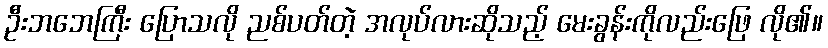
ဦးဘဘေကြီး ပြောသလို ညစ်ပတ်တဲ့ အလုပ်လားဆိုသည့် မေးခွန်းကိုလည်းဖြေ လို၏။